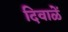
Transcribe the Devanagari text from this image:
दिवाळें